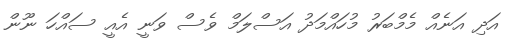
އަދި އަނެއް މެމްބަރު މުހައްމަދު އަސްލަމް ވެސް ވަނީ އެއީ ސައްހަ ނޫން